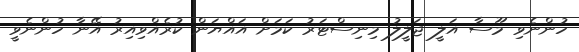
ހުންނެވި މޫސާ އަލީ ޖަލީލު މިނިސްޓަރު ކަމަށް އައްޔަން ކުރެއްވިއިރު އޭނާ ހުންނެވީ